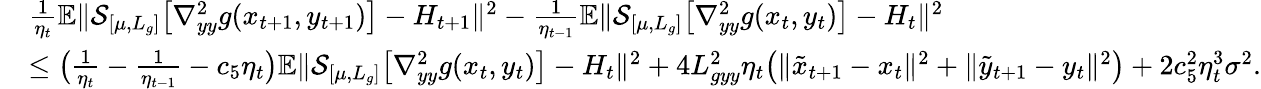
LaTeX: \begin{array}{rl}&{\frac{1}{\eta_{t}}\mathbb{E}\| \mathcal{S}_{[\mu,L_{g}]}\big[\nabla_{yy}^{2}g(x_{t+1},y_{t+1})\big]-H_{t+1}\| ^{2}-\frac{1}{\eta_{t-1}}\mathbb{E}\| \mathcal{S}_{[\mu,L_{g}]}\big[\nabla_{yy}^{2}g(x_{t},y_{t})\big]-H_{t}\| ^{2}}\\ &{\leq\big(\frac{1}{\eta_{t}}-\frac{1}{\eta_{t-1}}-c_{5}\eta_{t}\big)\mathbb{E}\| \mathcal{S}_{[\mu,L_{g}]}\big[\nabla_{yy}^{2}g(x_{t},y_{t})\big]-H_{t}\| ^{2}+4L_{gyy}^{2}\eta_{t}\big(\| \tilde{x}_{t+1}-x_{t}\| ^{2}+\| \tilde{y}_{t+1}-y_{t}\| ^{2}\big)+2c_{5}^{2}\eta_{t}^{3}\sigma^{2}.}\end{array}